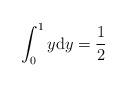
LaTeX: \begin{align*}\int_{0}^{1}y\mathrm{d}y =\frac{1}{2}\end{align*}